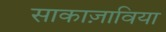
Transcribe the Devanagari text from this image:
साकाज़ाविया